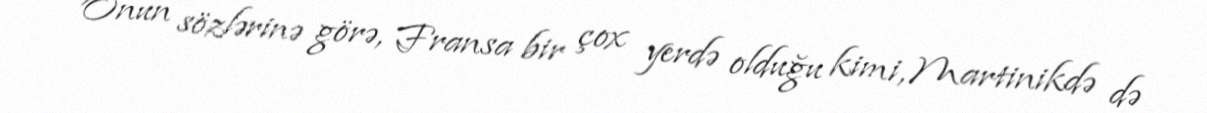
Onun sözlərinə görə, Fransa bir çox yerdə olduğu kimi, Martinikdə də